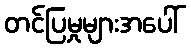
တင်ပြမှုများအပေါ်